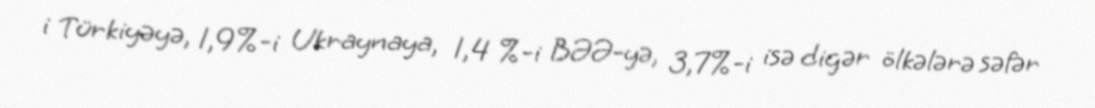
i Türkiyəyə, 1,9%-i Ukraynaya, 1,4 %-i BƏƏ-yə, 3,7%-i isə digər ölkələrə səfər